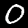
Label: 0